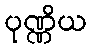
ပုဏ္ဏိယ